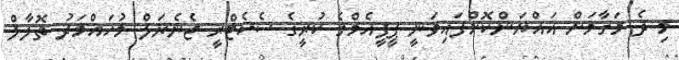
މި ދެ މަގާމަށް އައްޔަންކޮށްފައިވަނީ ޕީޕީއެމްގެ ކުރީގެ ސެކެޓްރީ ޖެނެރަލް މުހައްމަދު ތޮލާލް